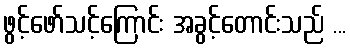
ဖွင့်ဖော်သင့်ကြောင်း အခွင့်တောင်းသည် ...